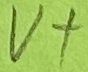
Text: V+